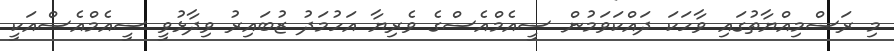
މި ރަސްމިއްޔާތުގައި ވާހަކަ ދައްކަވަމުން ސީއެމްއެސްގެ ވެރިޔާ އަހުމަދު ޒުބައިރު ވިދާޅުވީ ސީއެމްއެސްއަކީ